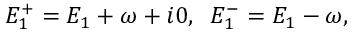
E _ { 1 } ^ { + } = { E } _ { 1 } + \omega + i 0 , \; \; E _ { 1 } ^ { - } = { E } _ { 1 } - \omega ,